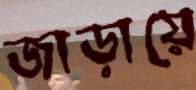
জাড়ায়ে